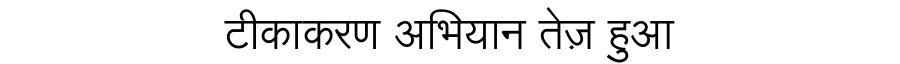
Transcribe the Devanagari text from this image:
टीकाकरण अभियान तेज़ हुआ